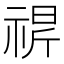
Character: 𬓁